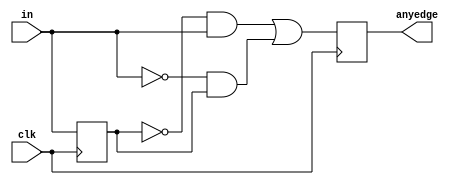
`timescale 1ns / 1ps
//////////////////////////////////////////////////////////////////////////////////
// Company: 
// Engineer: 
// 
// Design Name: 
// Module Name: Edgedetect2
// Project Name: 
// Target Devices: 
// Tool Versions: 
// Description: 
// 
// Dependencies: 
// 
// Revision:
// Revision 0.01 - File Created
// Additional Comments:
// 
//////////////////////////////////////////////////////////////////////////////////


module Edgedetect2(
    input clk,
    input [7:0] in,
    output reg [7:0] anyedge
);
    reg[7:0] in_delay;
    always@(posedge clk) in_delay=in;
    always@(posedge clk) anyedge=(~in_delay&in)|(~in&in_delay);
endmodule